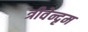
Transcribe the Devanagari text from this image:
त्रीवेन्दृम